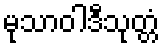
မုသာဝါဒီသုတ္တံ